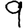
Digit: 9